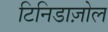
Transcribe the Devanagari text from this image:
टिनिडाज़ोल